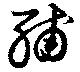
輔